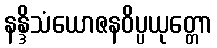
နန္ဒိသံယောဇနဝိပ္ပယုတ္တော